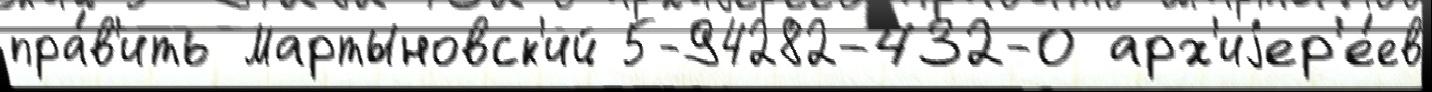
пра́в'ить Мартыновск'ий 5-94282-432-0 арх'иjер'е́ев